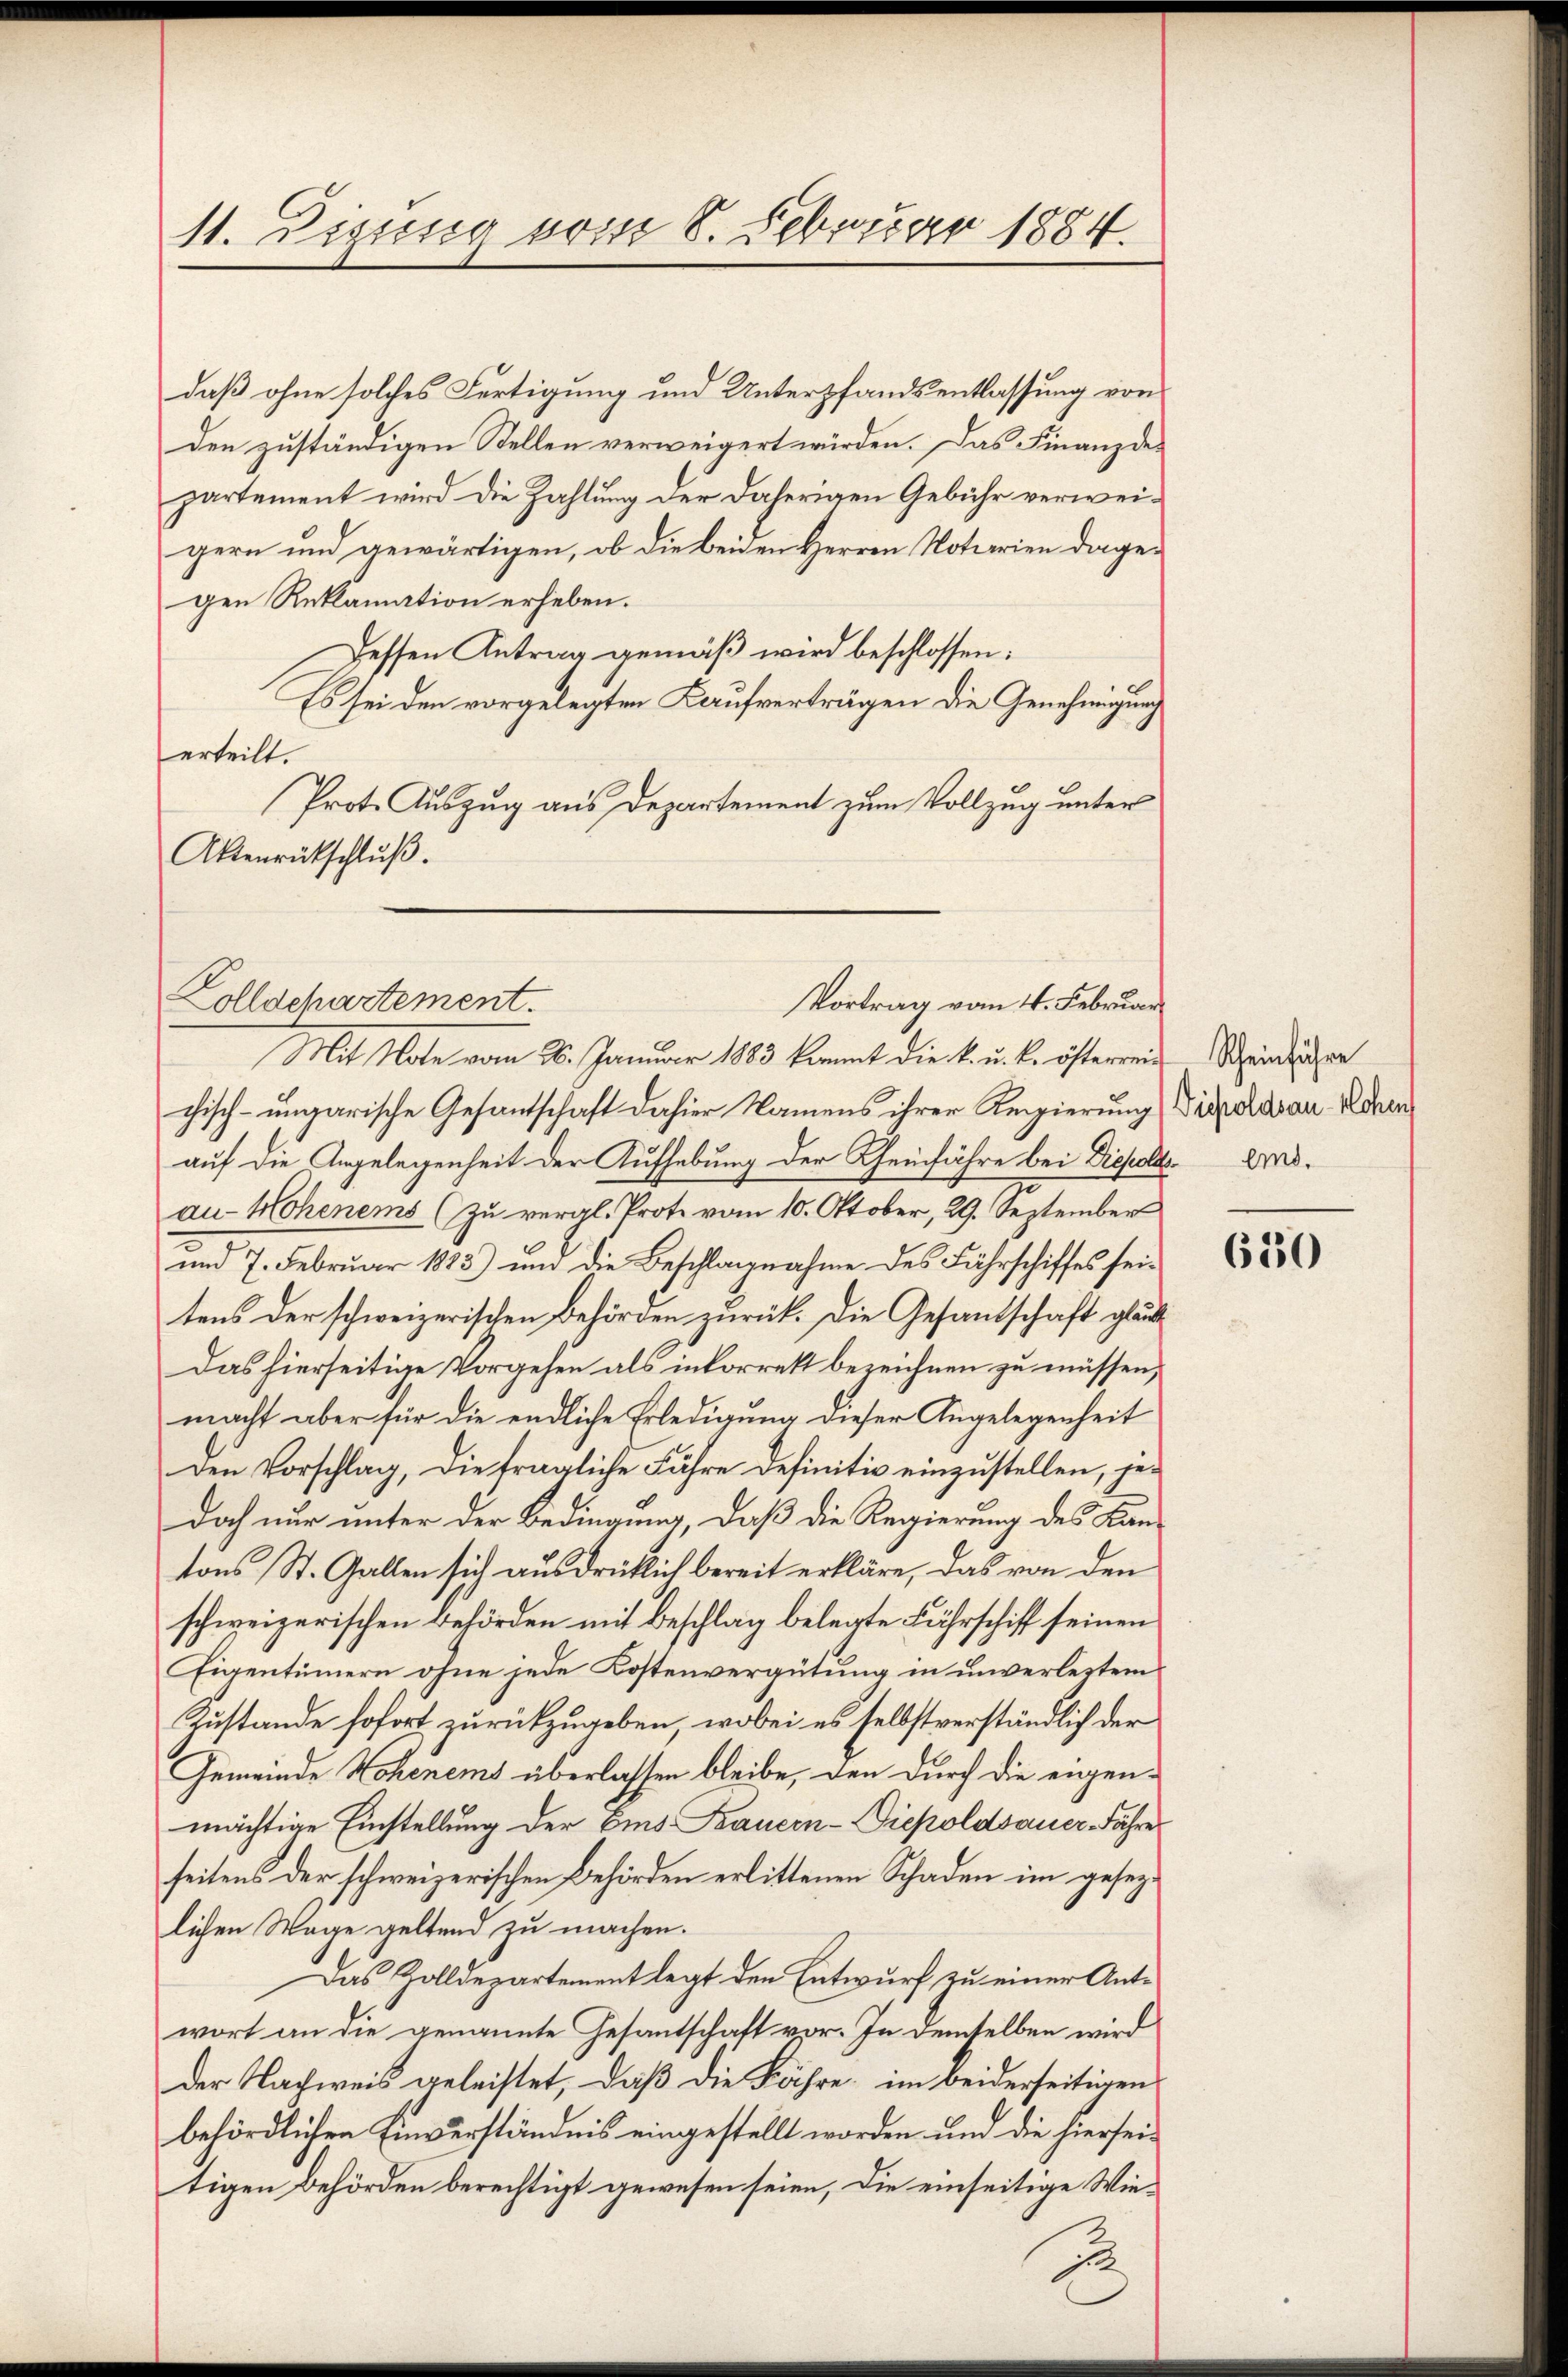
11. Digung vom 8. Februar 1884.

daß ohne solches Fertigung und Unterpfandsentlassung von
den zuständigen Stellen verweigert würden. Das Finanzdepartement wird die Zahlung der daherigen Gebühr verweigern und gewärtigen, ob die beiden Herren Notarien dagegen Reklamation erheben.
Dessen Antrag gemäß wird beschlossen:
Es sei den vorgelegten Kaufverträgen die Genehmigung
erteilt.
Prot. Auszug aus Departement zum Vollzug unter
Aktenrückschlŭβ.

Colldchartement.
Vortrag vom 4. Februar

Mit Note vom 26. Januar 1883 kannt die k. u. k. österrei Scheinlichen
chisch-ungarische Gesantschaft dahier Namens ihrer Regierung Vicedian Adre
auf die Angelegenheit der Aufhebung der Rheinfahre bei Diepolte Erdau-Hohenems (zu vergl. Prote vom 10. Oktober, 29. September
und 7. Februar 1883) und die Beschlagnahme des Fährschiffes seitens der schweizerischen Behörden zurück. Die Gesandschaft glück¬
Das hierseitige Vorgehen als inkorrekt bezeichnen zu müssen,
macht aber für die endliche Erledigung dieser Angelegenheit
den Vorschlag, die fragliche Fähre definitiv einzustellen, jedoch nur unter der Bedingung, daß die Regierung des Kantons St. Gallen sich ausdrüklich bereit erkläre, das von den
schweizerischen Behörden mit Beschlag belegte Fährschiff seinen
Eigentümern ohne jede Kostenvergütung in unverlegten
Zustande sofort zurückzugeben, wobei es selbstverständlich der
Gemeinde Hohenems überlassen bleibe, den durch die eigen-
mächtige Einstellung der Ems. Bauern - Diepoldsauer Fähre
seitens der schweizerischen Behörden erlittenen Schaden im gesezlichen Wage geltend zu machen.
Das Zolldepartement legt den Entwurf zu einer Antwort an die genannte Gesantschaft vor. In demselben wird
der Nachweis geleistet, daß die Fähre, im beiderseitigen
behördlichen Einverständnis eingestellt worden und die hierseitigen Behörden berechtigt gewesen seien, die einseitige Wie¬
2

650